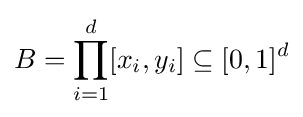
B=\prod _{i=1}^{d}[x_{i},y_{i}]\subseteq [0,1]^{d}